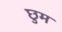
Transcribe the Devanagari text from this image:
छुम